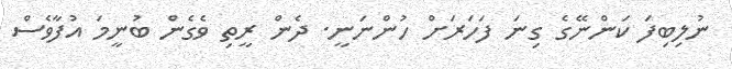
ނުލިބިފަ ކަންނޭގެ ގިނަ ފަހަރަށް ހުންނަނީ. ދެން ރީތި ވެގެން ބުނީމަ އުފާވެސް